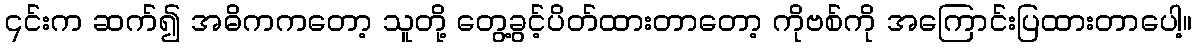
၎င်းက ဆက်၍ အဓိကကတော့ သူတို့ တွေ့ခွင့်ပိတ်ထားတာတော့ ကိုဗစ်ကို အကြောင်းပြထားတာပေါ့။